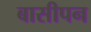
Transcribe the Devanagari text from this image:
बासीपन